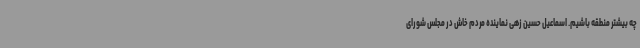
چه بیشتر منطقه باشیم. اسماعیل حسین زهی نماینده مردم خاش در مجلس شورای